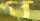
প